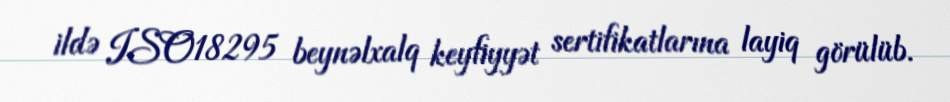
ildə ISO18295 beynəlxalq keyfiyyət sertifikatlarına layiq görülüb.